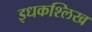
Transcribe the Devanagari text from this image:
इधकश्लिख